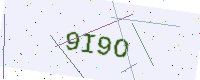
Text: 9I9O